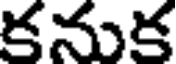
కనుక